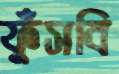
ফুঁসবি